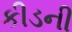
કીડની